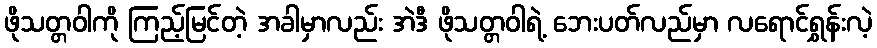
ဖိုသတ္တဝါကို ကြည့်မြင်တဲ့ အခါမှာလည်း အဲဒီ ဖိုသတ္တဝါရဲ့ ဘေးပတ်လည်မှာ လရောင်ရွှန်းလဲ့